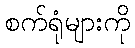
စက်ရုံများကို